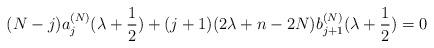
LaTeX: \begin{align*} (N-j)a_j^{(N)}(\lambda+\frac{1}{2}) +(j+1)(2\lambda+n-2N)b_{j+1}^{(N)}(\lambda+\frac{1}{2})=0 \end{align*}